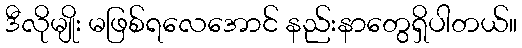
ဒီလိုမျိုး မဖြစ်ရလေအောင် နည်းနာတွေရှိပါတယ်။